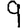
Digit: 9